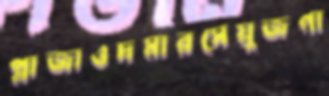
প্লাজাওদমারসেয়ুজগা